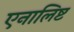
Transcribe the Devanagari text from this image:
एनालिष्ट